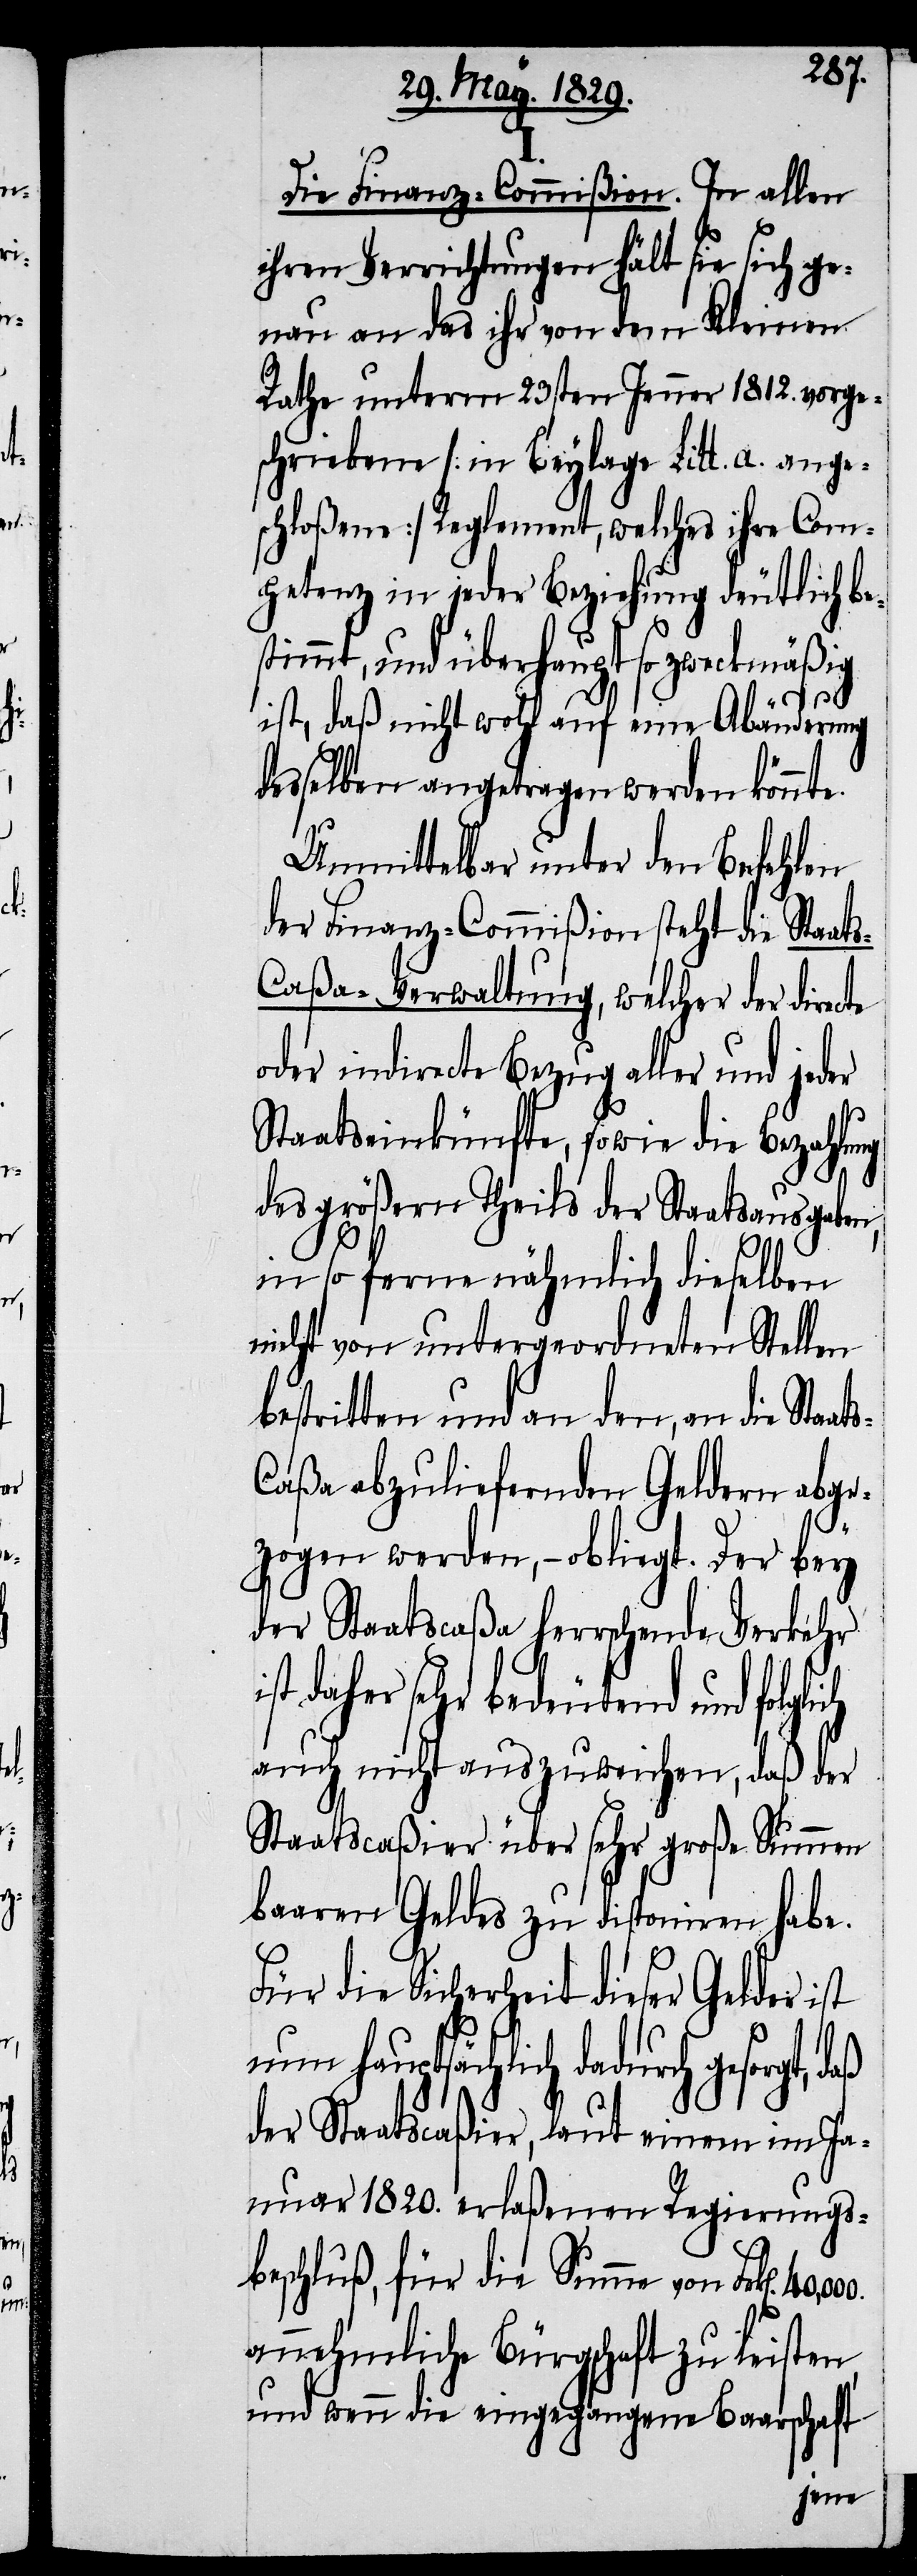
Die Finanz-Commißion. In allen
ihren Verrichtungen hält sie sich ge¬
nau an das ihr von dem Kleinen
Rathe unterm 23sten Jenner 1812. vorge¬
schriebene [in Beylage Litt. a. ange¬
schloßene] Reglement, welches ihre Com¬
petenz in jeder Beziehung deutlich be¬
stimmt, und überhaupt so zweckmäßig
ist, daß nicht wohl auf eine Abänderung
desselben angetragen werden könnte.
Unmittelbar unter den Befehlen
der Finanz-Commißion steht die Staat¬
s-Caßa-Verwaltung, welcher der directe
oder indirecte Bezug aller und jeder
Staatseinkünfte, sowie die Bezahlung
des größern Theils der Staatsausgaben,
i¬
in so ferne nähmlich dieselben
nicht von untergeordneten Stellen
bestritten und an den, an die Staat¬
asa abzuliefernden Geldern abge¬
lich
zogen werden,– obliegt. Der bey
der Staatscasa herrschende Verkehr
st daher sehr bedeutend und folg¬
auch nicht auszuweichen, daß der
Staatscaßier über sehr große Summen
baaren Geldes zu disponiren habe.
Für die Sicherheit dieser Gelder ist
nun hauptsächlich dadurch gesorgt,
der Staatscaßier, laut einem im Ja¬
nuar 1820. erlaßenen Regierungs¬
beschluß, für die Summe von Frk[en].
annehmliche Bürgschaft zu leisten
und wenn die eingegangene Baarschaft